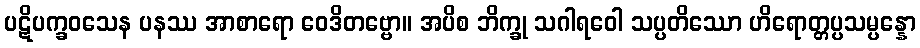
ပဋိပက္ခဝသေန ပနဿ အာစာရော ဝေဒိတဗ္ဗော။ အပိစ ဘိက္ခု သဂါရဝေါ သပ္ပတိဿော ဟိရောတ္တပ္ပသမ္ပန္နော